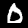
Label: 0